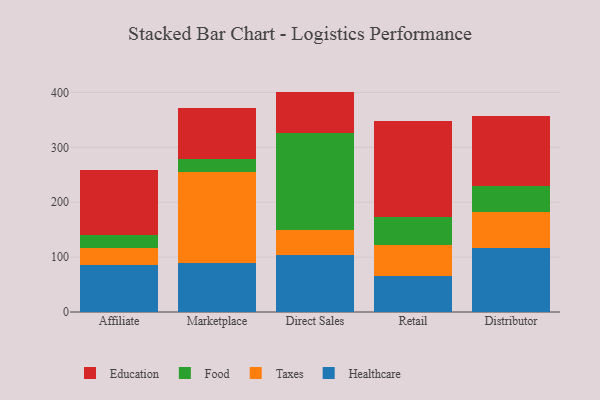
{"axis": {"x": "Channel", "y": "Active Users"}, "legend": ["Education", "Food", "Healthcare", "Taxes"], "data": [{"x": "Affiliate", "y": 85.2, "type": "Healthcare"}, {"x": "Affiliate", "y": 30.9, "type": "Taxes"}, {"x": "Affiliate", "y": 25.0, "type": "Food"}, {"x": "Affiliate", "y": 117.5, "type": "Education"}, {"x": "Marketplace", "y": 90.0, "type": "Healthcare"}, {"x": "Marketplace", "y": 165.5, "type": "Taxes"}, {"x": "Marketplace", "y": 23.7, "type": "Food"}, {"x": "Marketplace", "y": 92.7, "type": "Education"}, {"x": "Direct Sales", "y": 103.4, "type": "Healthcare"}, {"x": "Direct Sales", "y": 45.2, "type": "Taxes"}, {"x": "Direct Sales", "y": 177.7, "type": "Food"}, {"x": "Direct Sales", "y": 75.2, "type": "Education"}, {"x": "Retail", "y": 65.4, "type": "Healthcare"}, {"x": "Retail", "y": 57.1, "type": "Taxes"}, {"x": "Retail", "y": 50.5, "type": "Food"}, {"x": "Retail", "y": 175.2, "type": "Education"}, {"x": "Distributor", "y": 116.1, "type": "Healthcare"}, {"x": "Distributor", "y": 66.1, "type": "Taxes"}, {"x": "Distributor", "y": 46.9, "type": "Food"}, {"x": "Distributor", "y": 128.0, "type": "Education"}]}